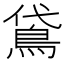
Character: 𬷈